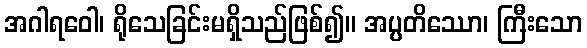
အဂါရဝေါ၊ ရိုသေခြင်းမရှိသည်ဖြစ်၍။ အပ္ပတိဿော၊ ကြီးသော